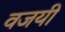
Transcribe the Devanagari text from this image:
वजयी